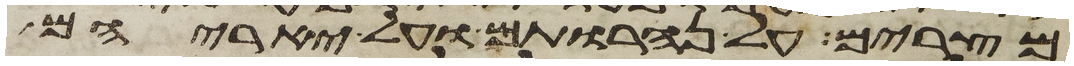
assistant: מצרים על נהרותם ועל יאריהם